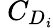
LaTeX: \ C_{D_{\mathit{i}}}